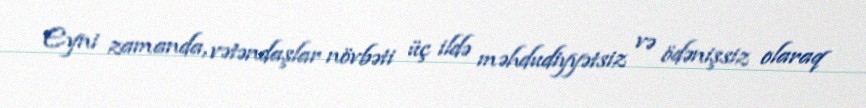
Eyni zamanda, vətəndaşlar növbəti üç ildə məhdudiyyətsiz və ödənişsiz olaraq